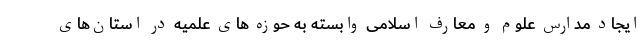
ایجاد مدارس علوم و معارف اسلامی وابسته به حوزه های علمیه در استان‌های